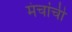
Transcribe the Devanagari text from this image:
मंचांची